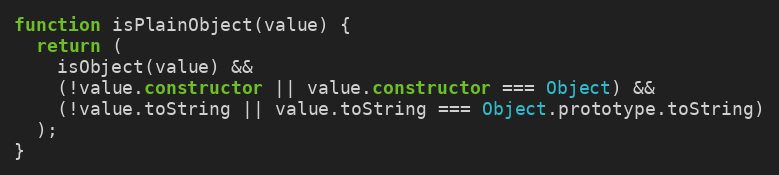
Language: JavaScript
function isPlainObject(value) {
  return (
    isObject(value) &&
    (!value.constructor || value.constructor === Object) &&
    (!value.toString || value.toString === Object.prototype.toString)
  );
}